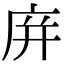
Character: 庰